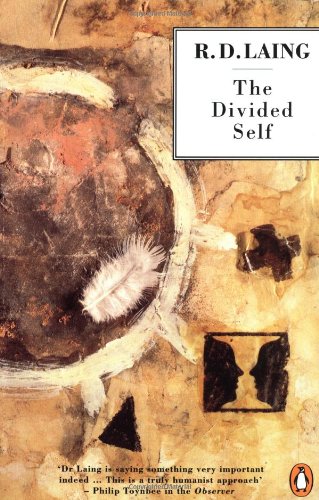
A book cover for The Divided Self: An Existential Study in Sanity and Madness (Penguin Psychology); R. D. Laing; Health, Fitness & Dieting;